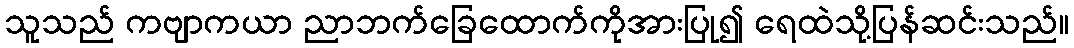
သူသည် ကဗျာကယာ ညာဘက်ခြေထောက်ကိုအားပြု၍ ရေထဲသို့ပြန်ဆင်းသည်။